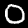
Digit: 0